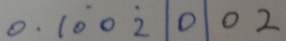
0 . 1 \dot { 0 } 0 \dot { 2 } \vert 0 \vert 0 2